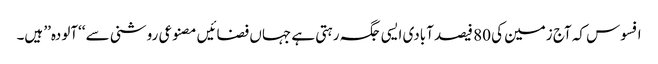
افسوس کہ آج زمین کی 80 فیصد آبادی ایسی جگہ رہتی ہے جہاں فضائیں مصنوعی روشنی سے ‘‘آلودہ’’ ہیں۔